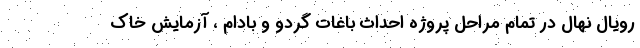
رویال نهال در تمام مراحل پروژه احداث باغات گردو و بادام ، آزمایش خاک